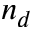
n _ { d }